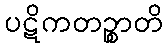
ပဋိကတဉ္စာတိ